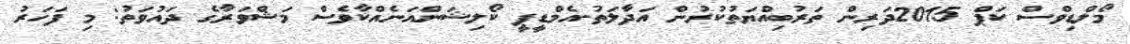
މޯލްޑިވްސް ކަޕް 2015ދަރިން ތަރުބިއްޔަތުކުރުން އަދާލަތު-އެމްޑީޕީ ކޯލިޝަންއަނެއްކާވެސް މަޝްވަރާގެ ދައުވަތު: މި ފަހަރު